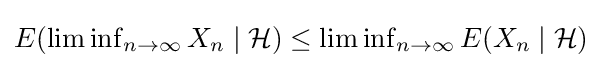
\textstyle E(\liminf _{n\to \infty }X_{n}\mid {\mathcal {H}})\leq \liminf _{n\to \infty }E(X_{n}\mid {\mathcal {H}})